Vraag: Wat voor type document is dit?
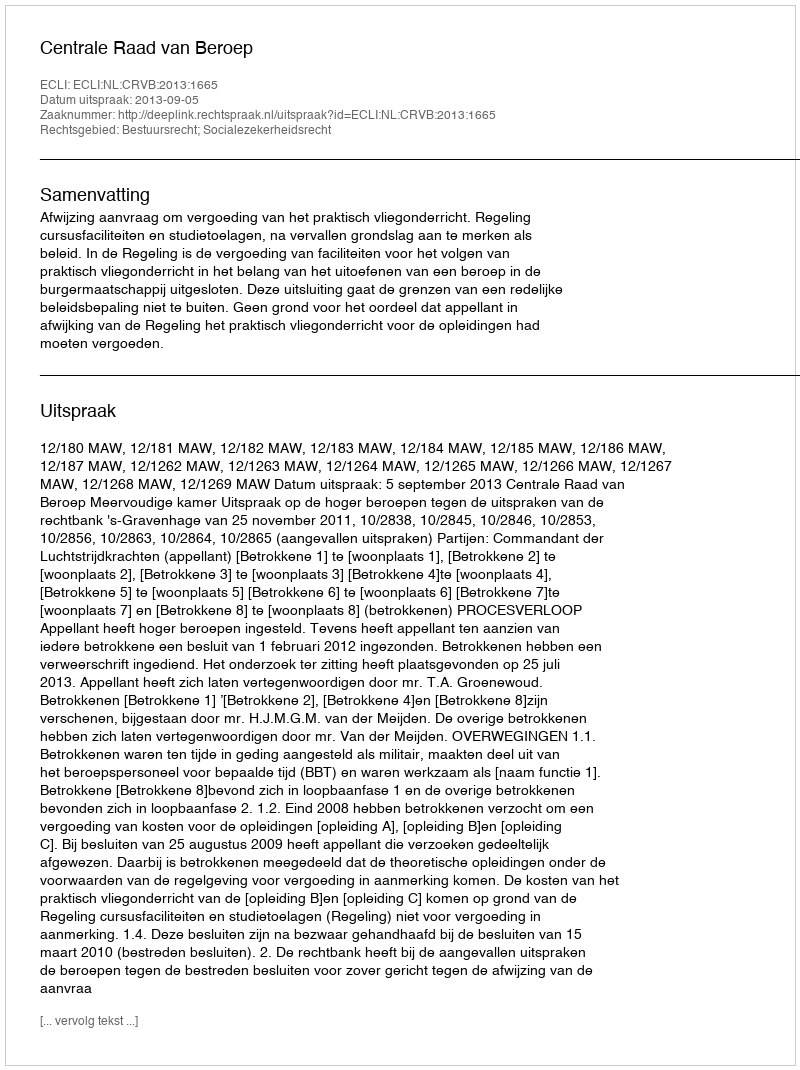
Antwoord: Uitspraak